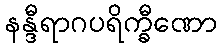
နန္ဒီရာဂပရိက္ခီဏော